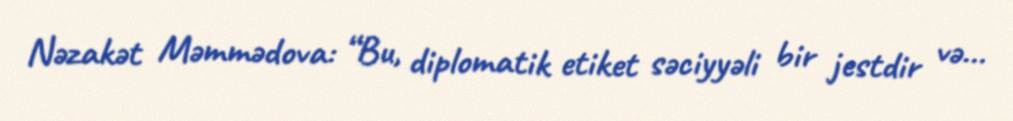
Nəzakət Məmmədova: “Bu, diplomatik etiket səciyyəli bir jestdir və...